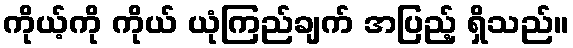
ကိုယ့်ကို ကိုယ် ယုံကြည်ချက် အပြည့် ရှိသည်။